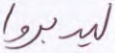
ليدبروا